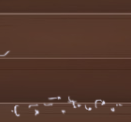
بيع وشراء ألعاب الأطفال م